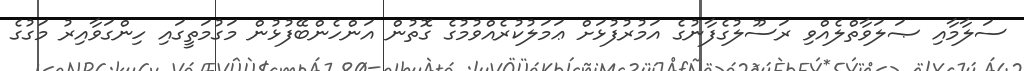
ސަލާމާއި ޞަލަވާތްލެއްވި ރަސޫލުގެފާނުގެ އަމުރުފުޅަށް ޢަމަލުކުރެއްވުމުގެ ގޮތުން އަންހެންބޭފުޅުން މަގުމަތީގައި ހިންގަވާއިރު މަގުގެ